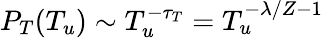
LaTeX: P_{T}(T_{u})\sim T_{u}^{-\tau_{T}}=T_{u}^{-\lambda/Z-1}